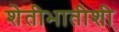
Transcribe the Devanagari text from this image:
शेतीभातीशी